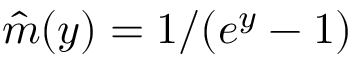
\hat { m } ( y ) = 1 / ( e ^ { y } - 1 )